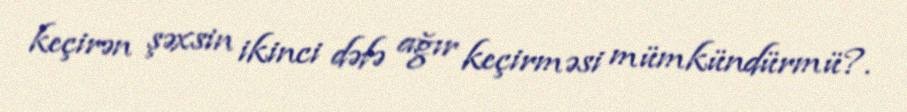
keçirən şəxsin ikinci dəfə ağır keçirməsi mümkündürmü?.